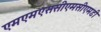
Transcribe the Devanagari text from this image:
एमएमएससीएमसीएमडी